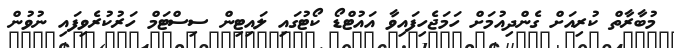
މުބާރާތް ކުރިއަށް ގެންދިއުމަށް ހަމަޖެހިފައިވާ އައުޓްޑޯ ކޯޓުގައި ލައިޓިން ސިސްޓަމް ހަރުކުރެވިފައި ނުވުން